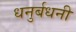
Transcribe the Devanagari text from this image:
धनुर्बधनी